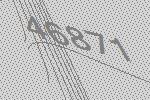
46871